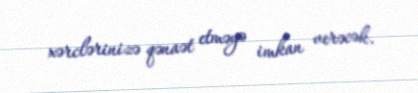
xərclərinizə qənaət etməyə imkan verəcək.